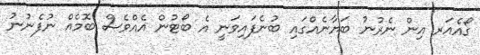
ގޯއެއަރ އިން ނެރުނު ބަޔާނެއްގައި ބުނެފައިވަނީ އެ ބޯޓުން އެއްވެސް ބޮމެއް ނުފެނުނު